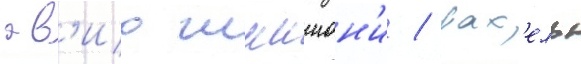
ав'иа шимшон'и / рах'ель